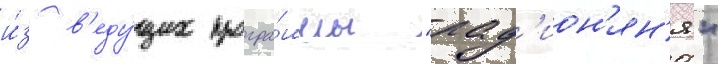
и́з в'еду́щих програ́ммы "рад'ион'ян'я"